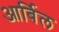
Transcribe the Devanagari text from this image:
आर्बिल